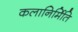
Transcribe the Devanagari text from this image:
कलानिर्मिति